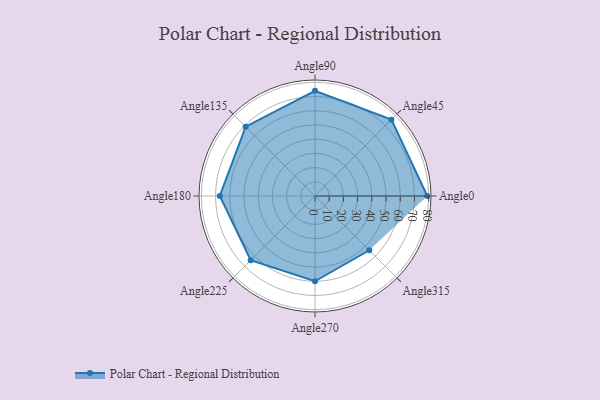
{"axis": {"x": "Angle", "y": "Radius"}, "legend": [""], "data": [{"x": "Angle0", "y": 79.0, "type": ""}, {"x": "Angle45", "y": 76.0, "type": ""}, {"x": "Angle90", "y": 74.0, "type": ""}, {"x": "Angle135", "y": 69.0, "type": ""}, {"x": "Angle180", "y": 67.0, "type": ""}, {"x": "Angle225", "y": 64.0, "type": ""}, {"x": "Angle270", "y": 60.0, "type": ""}, {"x": "Angle315", "y": 54.0, "type": ""}]}